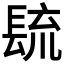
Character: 𰿐